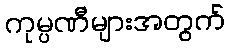
ကုမ္ပဏီများအတွက်